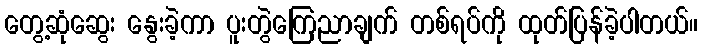
တွေ့ဆုံဆွေး နွေးခဲ့ကာ ပူးတွဲကြေညာချက် တစ်ရပ်ကို ထုတ်ပြန်ခဲ့ပါတယ်။